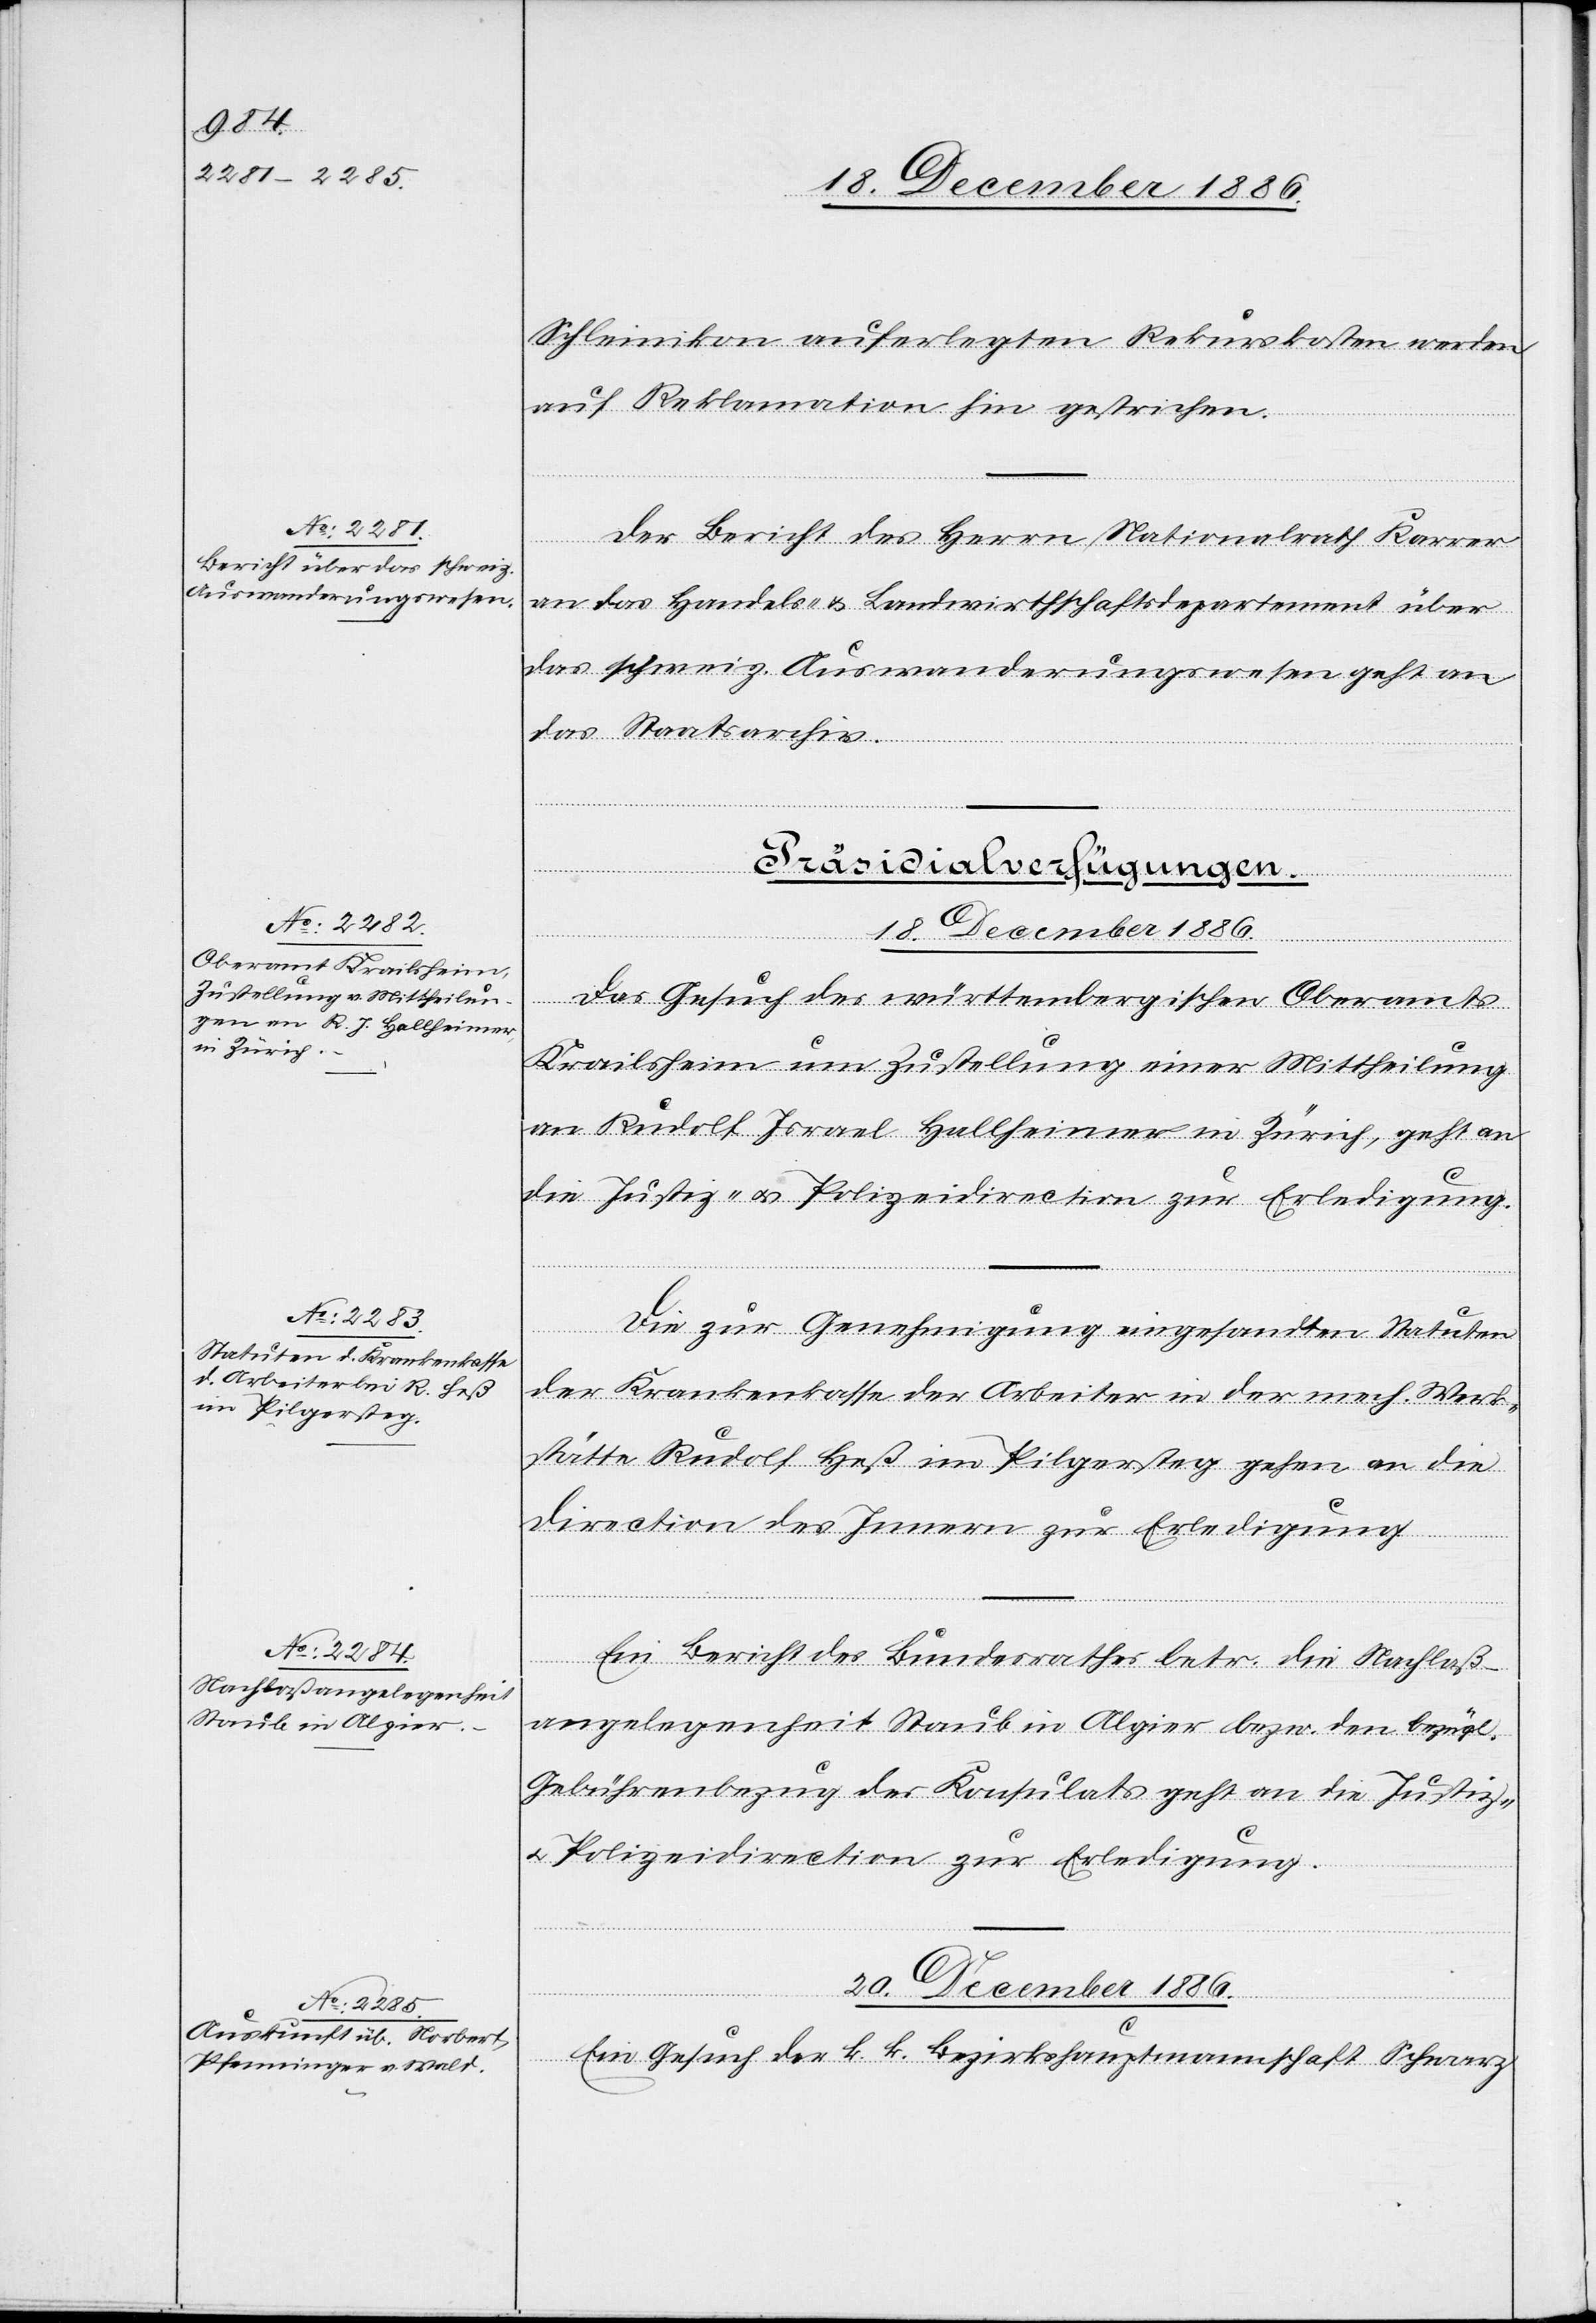
18. December 1886.]
Schleinikon auferlegten Rekurskosten werden
auf Reklamation hin gestrichen.
Der Bericht des Herrn Nationalrath Karrer
an das Handels- & Landwirthschaftsdepartement über
das schweiz. Auswanderungswesen geht an
das Staatsarchiv.
[Präsidialverfügungen.]
18. December 1886.
Das Gesuch des württembergischen Oberamts
Krailsheim um Zustellung einer Mittheilung
an Rudolf Israel Hallheimer in Zürich, geht an
die Justiz- & Polizeidirection zur Erledigung.
Die zur Genehmigung eingesandten Statuten
der Krankenkasse der Arbeiter in der mech. Werk¬
stätte Rudolf Heß im Pilgersteg gehen an die
Direction des Innern zur Erledigung.
Ein Bericht des Bundesrathes betr. die Nachlaß¬
angelegenheit Staub in Algier bezw. den bezügl.
Gebührenbezug des Konsulats geht an die Justiz-
& Polizeidirection zur Erledigung.
20. December 1886.
Ein Gesuch der k. k. Bezirkshauptmannschaft Schwarz